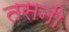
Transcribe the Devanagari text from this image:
तसनी